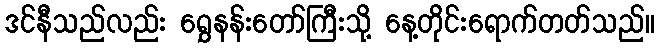
ဒင်နီသည်လည်း ရွှေနန်းတော်ကြီးသို့ နေ့တိုင်းရောက်တတ်သည်။